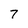
Character: 7